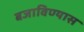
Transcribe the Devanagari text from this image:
बजाविण्यास